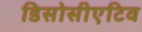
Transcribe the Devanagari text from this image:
डिसोसीएटिव